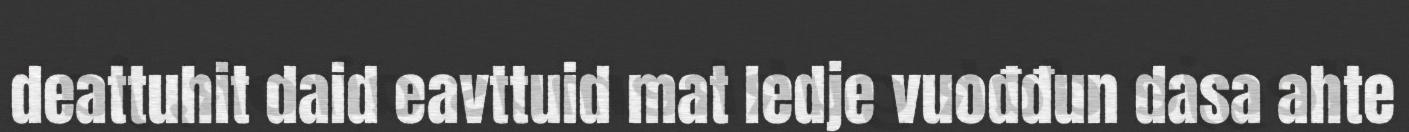
deattuhit daid eavttuid mat ledje vuođđun dasa ahte